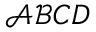
\mathcal { A B } \cal { C D }